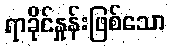
ရာခိုင်နှုန်းဖြစ်သော